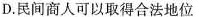
D. 民间商人可以取得合法地位